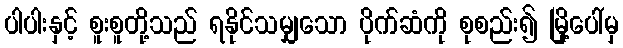
ပါပါးနှင့် စူးစူတို့သည် ရနိုင်သမျှသော ပိုက်ဆံကို စုစည်း၍ မြို့ပေါ်မှ